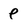
Character: e